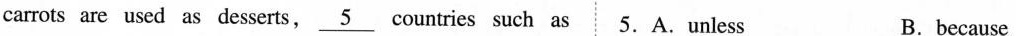
carrots are used as desserts, \underline{5} countries such as 5. A.unless B.because